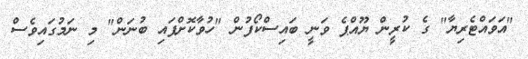
"އަވައްޓެރިޔާ" ގެ ކުރީން ޔޫއްޕެ ވަނީ ބައިސްކޯފުން "ހުވާކޮށްފައި ބުނަން" މި ނަމުގައިވެސް